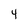
Character: 4